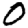
Digit: 0